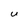
Character: U